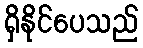
ရှိနိုင်ပေသည်